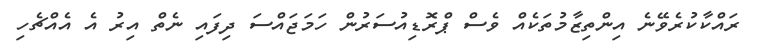
ރައްކާކުރެވޭނެ އިންތިޒާމުތަކެއް ވެސް ޕްރޮޑިއުސަރުން ހަމަޖައްސަ ދިފައި ނެތް އިރު އެ އެއްޗެހި